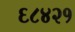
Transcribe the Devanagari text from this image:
६८४२१